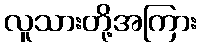
လူသားတို့အကြား